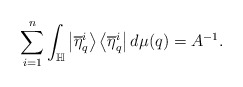
\begin{align*}\sum_{i=1}^{n}\int_{\mathbb{H}}\left|\overline{\eta}_{q}^{i}\right\rangle\left\langle \overline{\eta}_{q}^{i}\right|d\mu(q)=A^{-1}. \end{align*}